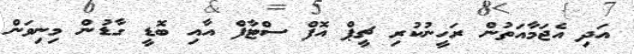
އަދި އެޖަމާއަތުން ރަހީނުކުރި ޗީޕް އޮފް ސްޓާފް އާއި ބޮޑީ ގާޑުން މިނިވަން